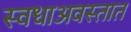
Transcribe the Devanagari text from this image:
स्वधाअवस्तात